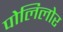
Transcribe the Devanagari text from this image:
पोलिलोर